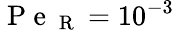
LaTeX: \mathrm{~P~e~}_{\mathrm{~R~}}=10^{-3}